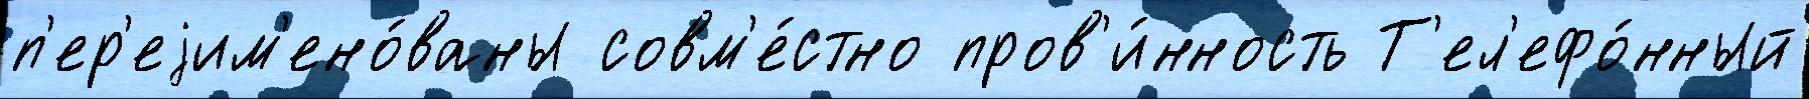
п'ер'еjим'ено́ваны совм'е́стно пров'и́нность Т'ел'ефо́нный